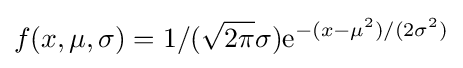
f(x,\mu ,\sigma )=1/({\sqrt {2\pi }}\sigma )\mathrm {e} ^{-(x-\mu ^{2})/(2\sigma ^{2})}